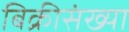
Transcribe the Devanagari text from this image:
बिक्रीसंख्या